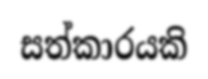
සත්කාරයකි